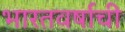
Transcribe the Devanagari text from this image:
भारतवर्षाची